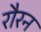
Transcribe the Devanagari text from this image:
रौरन